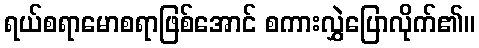
ရယ်စရာမောစရာဖြစ်အောင် စကားလွှဲပြောလိုက်၏။